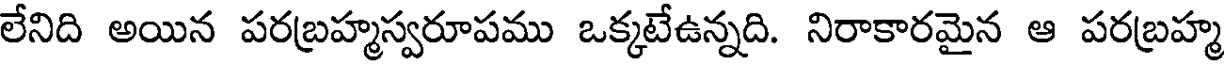
లేనిది అయిన పరబ్రహ్మస్వరూపము ఒక్కటేఉన్నది. నిరాకారమైన ఆ పరబ్రహ్మ